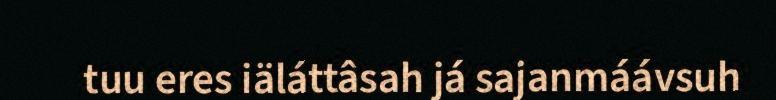
tuu eres iäláttâsah já sajanmáávsuh